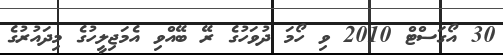
30 އޯގަސްޓް 2010 ވި ހޯމަ ދުވަހުގެ ރޭ ބޭއްވި އެމަޖިލީހުގެ މިދައުރުގެ